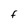
Character: F